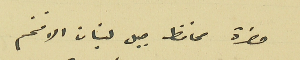
حضرة محافظ جبل لبنان الافخم